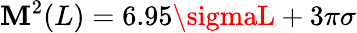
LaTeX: \mathbf{M}^{2}(L)=6.95\sigmaL+3\pi\sigma